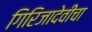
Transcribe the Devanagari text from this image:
गिरिजादेवींचा